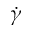
\dot { \gamma }